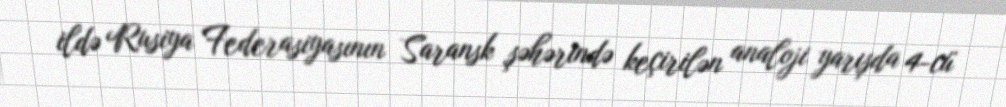
ildə Rusiya Federasiyasının Saransk şəhərində keçirilən analoji yarışda 4-cü